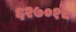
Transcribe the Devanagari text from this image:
६२७०१८